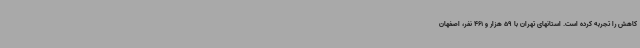
کاهش را تجربه کرده است. استانهای تهران با 59 هزار و 461 نفر، اصفهان